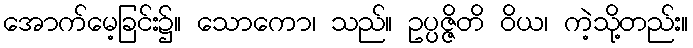
အောက်မေ့ခြင်း၌။ သောကော၊ သည်။ ဥပ္ပဇ္ဇိတိ ဝိယ၊ ကဲ့သို့တည်း။